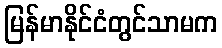
မြန်မာနိုင်ငံတွင်သာမက